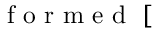
\mathrm { ~ f ~ o ~ r ~ m ~ e ~ d ~ } \; [ \